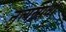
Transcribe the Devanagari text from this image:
नृत्यस्र्पधा